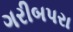
ગરીબપરા